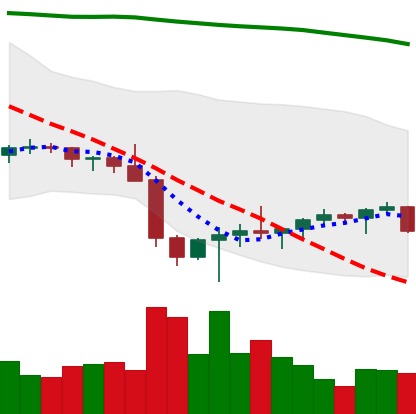
Ticker: BTC-USD
Chart end date: 2022-02-02
Forward return: 18.638%
Label: up_7plus